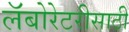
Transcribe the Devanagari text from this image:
लॅबोरेटरीसाठी